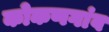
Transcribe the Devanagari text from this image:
कोकणगांव